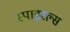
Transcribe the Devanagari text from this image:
स्पाइरल्स